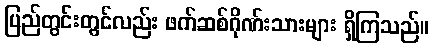
ပြည်တွင်းတွင်လည်း ဖက်ဆစ်ဂိုဏ်းသားများ ရှိကြသည်။